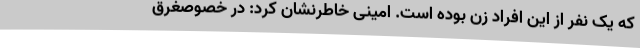
که یک نفر از این افراد زن بوده است. امینی خاطرنشان کرد: در خصوصغرق